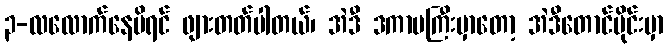
၃-လလောက်နေမိရင် ဖျားတတ်ပါတယ်၊ အဲဒီ ဒကာမကြီးမှာတော့ အဲဒီတောင်ပိုင်းမှာ